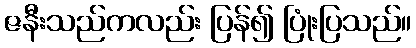
ဇနီးသည်ကလည်း ပြန်၍ ပြုံးပြသည်။